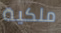
ملكية